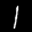
Label: 1